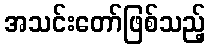
အသင်းတော်ဖြစ်သည့်